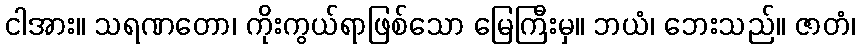
ငါအား။ သရဏတော၊ ကိုးကွယ်ရာဖြစ်သော မြေကြီးမှ။ ဘယံ၊ ဘေးသည်။ ဇာတံ၊